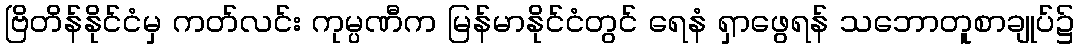
ဗြိတိန်နိုင်ငံမှ ကတ်လင်း ကုမ္ပဏီက မြန်မာနိုင်ငံတွင် ရေနံ ရှာဖွေရန် သဘောတူစာချုပ်၌